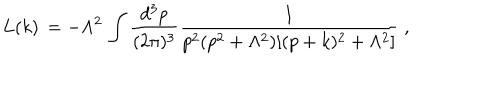
LaTeX: L ( k ) \, = - \Lambda ^ { 2 } \, \int \frac { d ^ { 3 } p } { ( 2 \pi ) ^ { 3 } } \frac { 1 } { p ^ { 2 } ( p ^ { 2 } + \Lambda ^ { 2 } ) [ ( p + k ) ^ { 2 } + \Lambda ^ { 2 } ] } \; ,